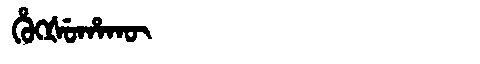
Manchu: ᡥᡠᡴᡧᡠᡥᠠᡴᡡ
Romanization: HUKŠUHAKŪ